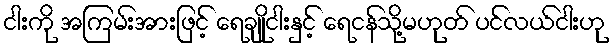
ငါးကို အကြမ်းအားဖြင့် ရေချိုငါးနှင့် ရေငန်သို့မဟုတ် ပင်လယ်ငါးဟု